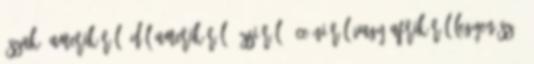
Észak- Amerikáról, Dél-Amerikáról, Ázsiáról, Óceániáról vagy Afrikáról legyen szó,